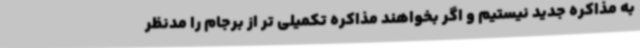
به مذاکره جدید نیستیم و اگر بخواهند مذاکره تکمیلی تر از برجام را مدنظر